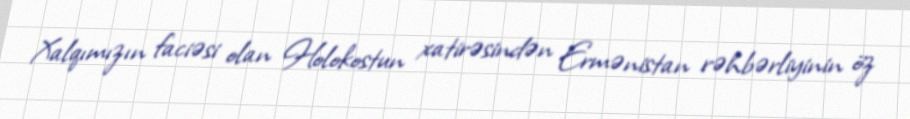
Xalqımızın faciəsi olan Holokostun xatirəsindən Ermənistan rəhbərliyinin öz